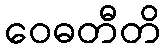
ဝေဓတီတိ